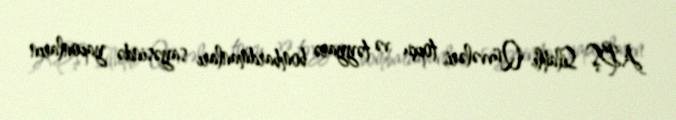
ABŞ Silahlı Qüvvələri, topçu və təyyarə bombardmanları sayəsində yaponların